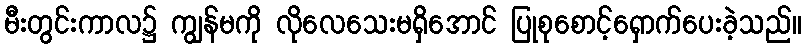
မီးတွင်းကာလ၌ ကျွန်မကို လိုလေသေးမရှိအောင် ပြုစုစောင့်ရှောက်ပေးခဲ့သည်။